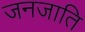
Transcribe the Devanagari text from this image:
जनजाति